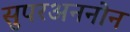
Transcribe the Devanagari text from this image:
सुपरअननोन